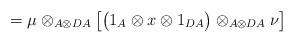
LaTeX: \begin{align*}=\mu \otimes _{A\otimes DA} \big[\big( 1_A \otimes x \otimes 1_{DA} \big)\otimes _{A\otimes DA} \nu\big]\end{align*}